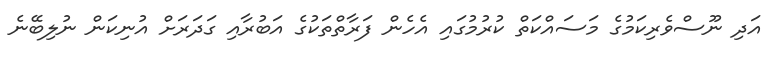
އަދި ނޫސްވެރިކަމުގެ މަސައްކަތް ކުރުމުގައި އެހެން ފަރާތްތަކުގެ އަބުރާއި ގަދަރަށް އުނިކަން ނުލިބޭނެ